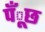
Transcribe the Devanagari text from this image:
पँूछ